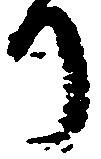
り